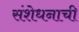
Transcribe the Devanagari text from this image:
संशेधनाची